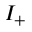
I _ { + }